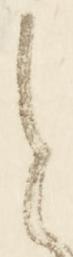
と